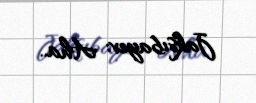
Jaksıbayev: Aha..